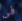
فى